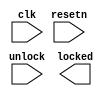
//copilot mean_prob: 0.44837428721232964
//This file was assembled by gen.py, written by redactedAuthorFirstname redactedAuthorLastname.
module power_on_lock
(
input wire clk,
input wire resetn,
input wire unlock,
output reg locked
);

//this lock register is locked (1) upon power on / resetn signal
//it is unlocked (set to 0) upon receiving the unlock signal
//-copilot next line-
//copilot mean_prob: 0.44837428721232964


reg [1:0] lock;
reg [2:0] lock_count;
reg [2:0] unlock_count;
wire [2:0] unlock_ctrl;





endmodule